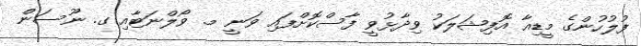
ފުލުހުންގެ މީޑިއާ އޮފިޝަލަކު ވިދާޅުވީ ފާސްކޮށްފައި ވަނީ މ. ވޯލްނަޓާއި ގ. ނޫސަން